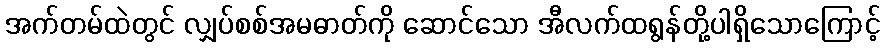
အက်တမ်ထဲတွင် လျှပ်စစ်အမဓာတ်ကို ဆောင်သော အီလက်ထရွန်တို့ပါရှိသောကြောင့်